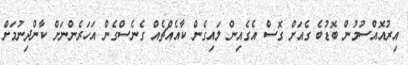
އިރުއޮއްސުމުން ބޮޑުބެ ގެއަށް ގޮސް އެގެއިން ލައިގެން ކާއެއްޗެއް ގެނެސްގެން އަހަރެންނަށް ކާންދިނުމަށް